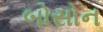
બોસોન